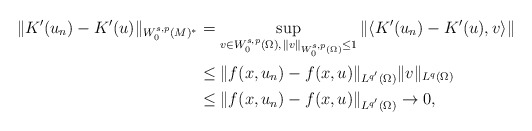
\begin{align*}\|K'(u_n)-K'(u)\| _{W_0^{s,p}(M)^{*}}&= \sup_{v\in W_0^{s,p}(\Omega),\, \|v\|_{W_0^{s,p}(\Omega)}\leq1}\|\langle K'(u_n)-K'(u),v\rangle\|\\& \leq \|f(x,u_n)-f(x,u)\|_{L^{q'}(\Omega)}\|v\|_{L^q(\Omega)}\\ & \leq \|f(x,u_n)-f(x,u)\|_{L^{q'}(\Omega)}\to 0,\end{align*}